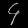
Digit: ၄